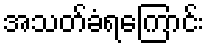
အသတ်ခံရကြောင်း